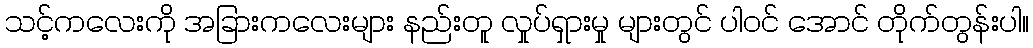
သင့်ကလေးကို အခြားကလေးများ နည်းတူ လှုပ်ရှားမှု များတွင် ပါဝင် အောင် တိုက်တွန်းပါ။